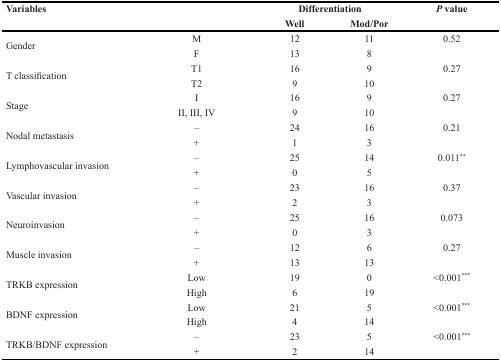
<table><thead><tr><td><b>Variables</b></td><td></td><td colspan="2"><b>Differentiation</b></td><td><b><i>P</i> value</b></td></tr><tr><td></td><td></td><td><b>Well</b></td><td><b>Mod/Por</b></td><td></td></tr></thead><tbody><tr><td rowspan="2">Gender</td><td>M</td><td>12</td><td>11</td><td>0.52</td></tr><tr><td>F</td><td>13</td><td>8</td><td></td></tr><tr><td rowspan="2">T classification</td><td>T1</td><td>16</td><td>9</td><td>0.27</td></tr><tr><td>T2</td><td>9</td><td>10</td><td></td></tr><tr><td rowspan="2">Stage</td><td>I</td><td>16</td><td>9</td><td>0.27</td></tr><tr><td>II, III, IV</td><td>9</td><td>10</td><td></td></tr><tr><td rowspan="2">Nodal metastasis</td><td>–</td><td>24</td><td>16</td><td>0.21</td></tr><tr><td>+</td><td>1</td><td>3</td><td></td></tr><tr><td rowspan="2">Lymphovascular invasion</td><td>–</td><td>25</td><td>14</td><td>0.011<sup>**</sup></td></tr><tr><td>+</td><td>0</td><td>5</td><td></td></tr><tr><td rowspan="2">Vascular invasion</td><td>–</td><td>23</td><td>16</td><td>0.37</td></tr><tr><td>+</td><td>2</td><td>3</td><td></td></tr><tr><td rowspan="2">Neuroinvasion</td><td>–</td><td>25</td><td>16</td><td>0.073</td></tr><tr><td>+</td><td>0</td><td>3</td><td></td></tr><tr><td rowspan="2">Muscle invasion</td><td>–</td><td>12</td><td>6</td><td>0.27</td></tr><tr><td>+</td><td>13</td><td>13</td><td></td></tr><tr><td rowspan="2">TRKB expression</td><td>Low</td><td>19</td><td>0</td><td>&lt;0.001<sup>***</sup></td></tr><tr><td>High</td><td>6</td><td>19</td><td></td></tr><tr><td rowspan="2">BDNF expression</td><td>Low</td><td>21</td><td>5</td><td>&lt;0.001<sup>***</sup></td></tr><tr><td>High</td><td>4</td><td>14</td><td></td></tr><tr><td rowspan="2">TRKB/BDNF expression</td><td>–</td><td>23</td><td>5</td><td>&lt;0.001<sup>***</sup></td></tr><tr><td>+</td><td>2</td><td>14</td><td></td></tr></tbody></table>